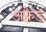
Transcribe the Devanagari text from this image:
अफ़्रेड